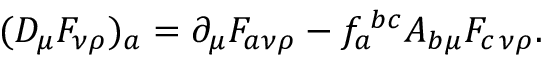
( D _ { \mu } F _ { \nu \rho } ) _ { a } = \partial _ { \mu } F _ { a \nu \rho } - f _ { a } ^ { \; b c } A _ { b \mu } F _ { c \, \nu \rho } .